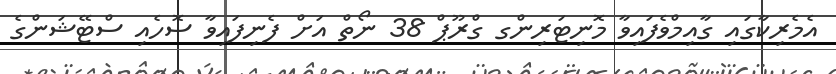
އެމެރިކާގައި ގާއިމްވެފައިވާ މޮނިޓަރިންގ ގްރޫޕް 38 ނޯތް އަށް ފެނިފައިވާ ސޮހެއި ސްޓޭޝަންގެ